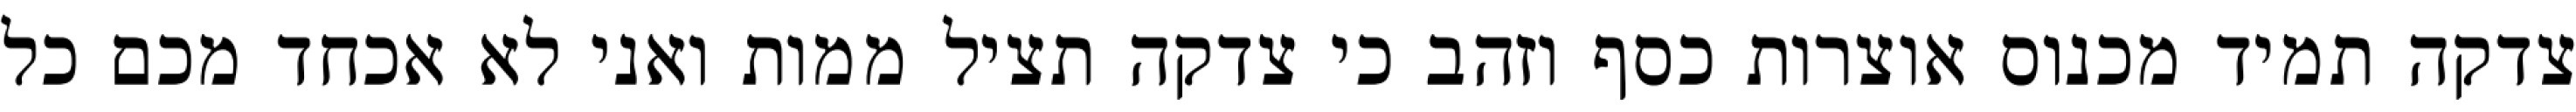
צדקה תמיד מכנוס אוצרות כסף וזהב כי צדקה תציל ממות ואני לא אכחד מכם כל